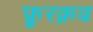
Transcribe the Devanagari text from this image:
फ़ूरक्रव